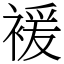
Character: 褑